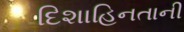
દિશાહિનતાની